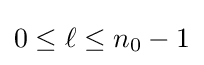
0\leq \ell \leq n_{0}-1